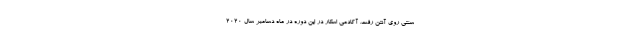
سنتی روی آنتن رفت. آکادمی اسکار در این دوره در ماه دسامبر سال ۲۰۲۰